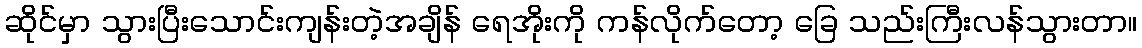
ဆိုင်မှာ သွားပြီးသောင်းကျန်းတဲ့အချိန် ရေအိုးကို ကန်လိုက်တော့ ခြေ သည်းကြီးလန်သွားတာ။